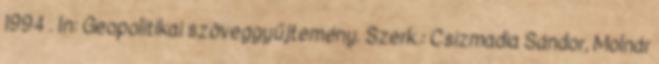
1994 . In: Geopolitikai szöveggyűjtemény. Szerk.: Csizmadia Sándor, Molnár